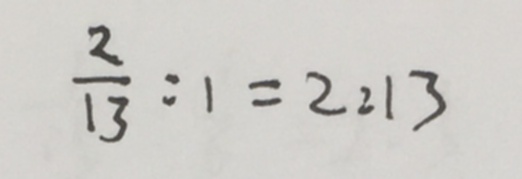
\frac { 2 } { 1 3 } : 1 = 2 : 1 3